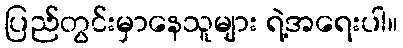
ပြည်တွင်းမှာနေသူများ ရဲ့အရေးပါ။